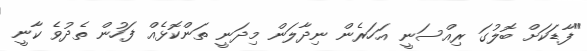
"ފާޑަކަށް ބޮލުގަ ރިއްސަނީ އަހަރެން ނިދާލަން މިދަނީ ތަންކޮޅެއް ފަހުން ތެދުވެ ކާނީ